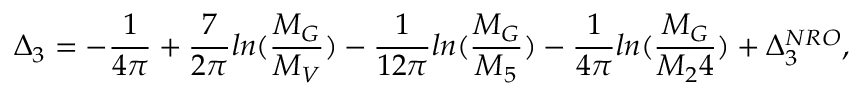
\Delta _ { 3 } = - \frac { 1 } { 4 \pi } + \frac { 7 } { 2 \pi } l n ( \frac { M _ { G } } { M _ { V } } ) - \frac { 1 } { 1 2 \pi } l n ( \frac { M _ { G } } { M _ { 5 } } ) - \frac { 1 } { 4 \pi } l n ( \frac { M _ { G } } { M _ { 2 } 4 } ) + \Delta _ { 3 } ^ { N R O } ,